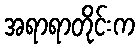
အရာရာတိုင်းက